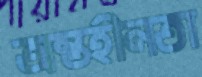
অন্তহীনতা